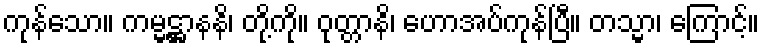
ကုန်သော။ ကမ္မဋ္ဌာနနိ၊ တို့ကို။ ဝုတ္တာနိ၊ ဟောအပ်ကုန်ပြီ။ တသ္မာ၊ ကြောင့်။